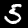
Label: 5